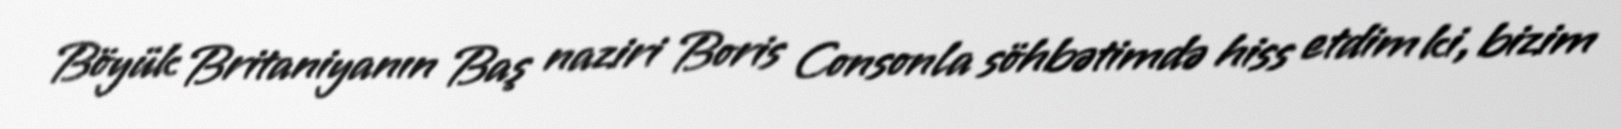
Böyük Britaniyanın Baş naziri Boris Consonla söhbətimdə hiss etdim ki, bizim